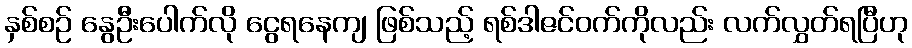
နှစ်စဉ် နွေဦးပေါက်လို ငွေရနေကျ ဖြစ်သည့် ရစ်ဒါဇင်ဝက်ကိုလည်း လက်လွှတ်ရပြီဟု